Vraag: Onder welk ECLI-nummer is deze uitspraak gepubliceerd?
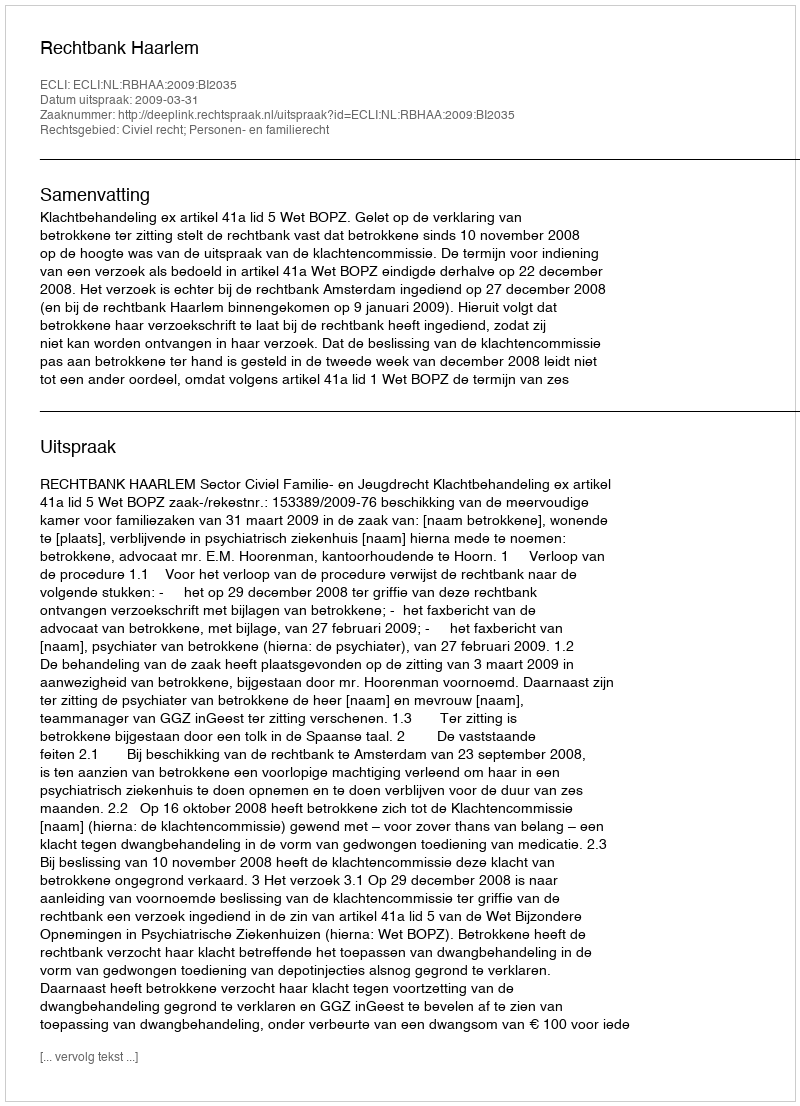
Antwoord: ECLI:NL:RBHAA:2009:BI2035